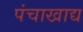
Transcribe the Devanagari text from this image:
पंचाखाद्य